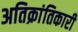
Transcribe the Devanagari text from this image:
अतिक्रांतिकारी